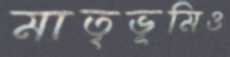
মাতৃভূমিও